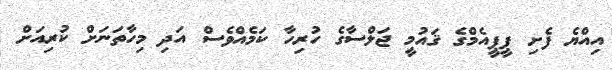
އިއްޔެ ފެށި ޕީޕީއެމްގެ ޤައުމީ ޖަލްސާގެ ހުރިހާ ކަމެއްވެސް އަދި މިހާތަނަށް ކުރިއަށް